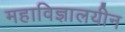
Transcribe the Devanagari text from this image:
महाविज्ञालयीन